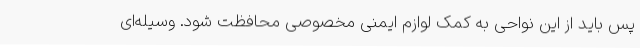
پس باید از این نواحی به کمک لوازم ایمنی مخصوصی محافظت شود. وسیله‌ای